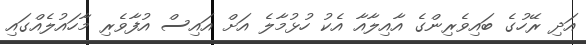
އަދި ރޭހުގެ ބައިވެރިންގެ އާއިލާއާ އެކު ހުޅުމާލެ އަށް އައިސް އުފާވެރި މާހައުލެއްގައި